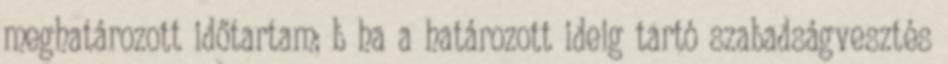
meghatározott időtartam; b ha a határozott ideig tartó szabadságvesztés